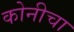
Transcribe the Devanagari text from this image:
कोनीचा